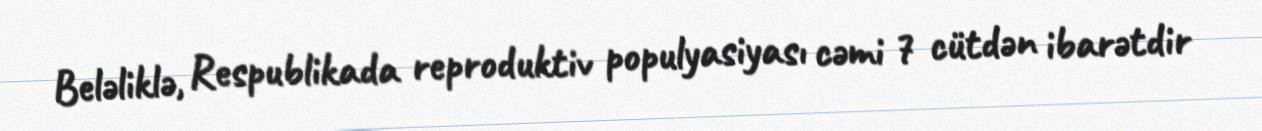
Beləliklə, Respublikada reproduktiv populyasiyası cəmi 7 cütdən ibarətdir